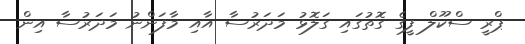
ޕްރީ ސްކޫލް ފީގެ ގޮތުގައި ގަލޮޅު މަދަރުސާ އާއި މާފަންނު މަދަރުސާ އިން